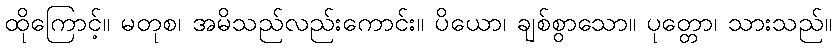
ထိုကြောင့်။ မတုစ၊ အမိသည်လည်းကောင်း။ ပိယော၊ ချစ်စွာသော။ ပုတ္တော၊ သားသည်။